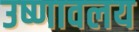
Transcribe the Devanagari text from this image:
उष्णावलय